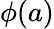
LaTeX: \phi(a)